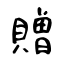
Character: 贈